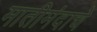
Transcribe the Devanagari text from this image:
मातीमंदाचे